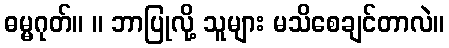
ဓမ္မဂုတ်။ ။ ဘာပြုလို့ သူများ မသိစေချင်တာလဲ။